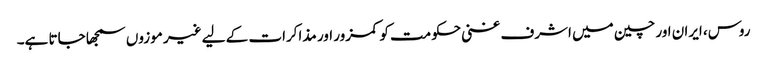
روس، ایران اور چین میں اشرف غنی حکومت کو کمزور اور مذاکرات کے لیے غیر موزوں سمجھا جاتا ہے۔